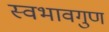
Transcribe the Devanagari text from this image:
स्वभावगुण